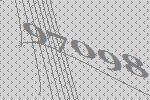
97098